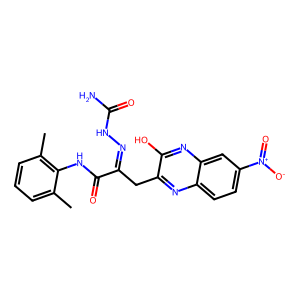
SMILES: Cc1cccc(C)c1NC(=O)C(Cc1nc2ccc([N+](=O)[O-])cc2nc1O)=NNC(N)=O
Inhibits HIV replication: No